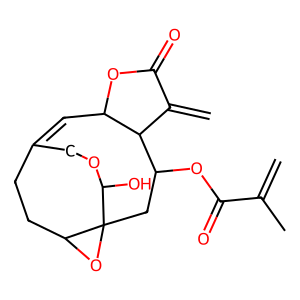
SMILES: C=C(C)C(=O)OC1CC23OC2CCC(=CC2OC(=O)C(=C)C21)COC3O
Inhibits HIV replication: No